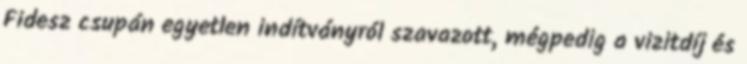
Fidesz csupán egyetlen indítványról szavazott, mégpedig a vizitdíj és